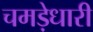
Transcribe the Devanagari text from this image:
चमड़ेधारी